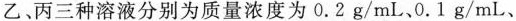
乙、丙三种溶液分别为质量浓度为0.2g/mL、0.1g/mL、